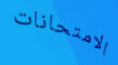
الامتحانات